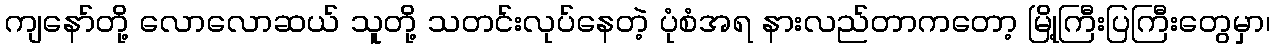
ကျနော်တို့ လောလောဆယ် သူတို့ သတင်းလုပ်နေတဲ့ ပုံစံအရ နားလည်တာကတော့ မြို့ကြီးပြကြီးတွေမှာ၊